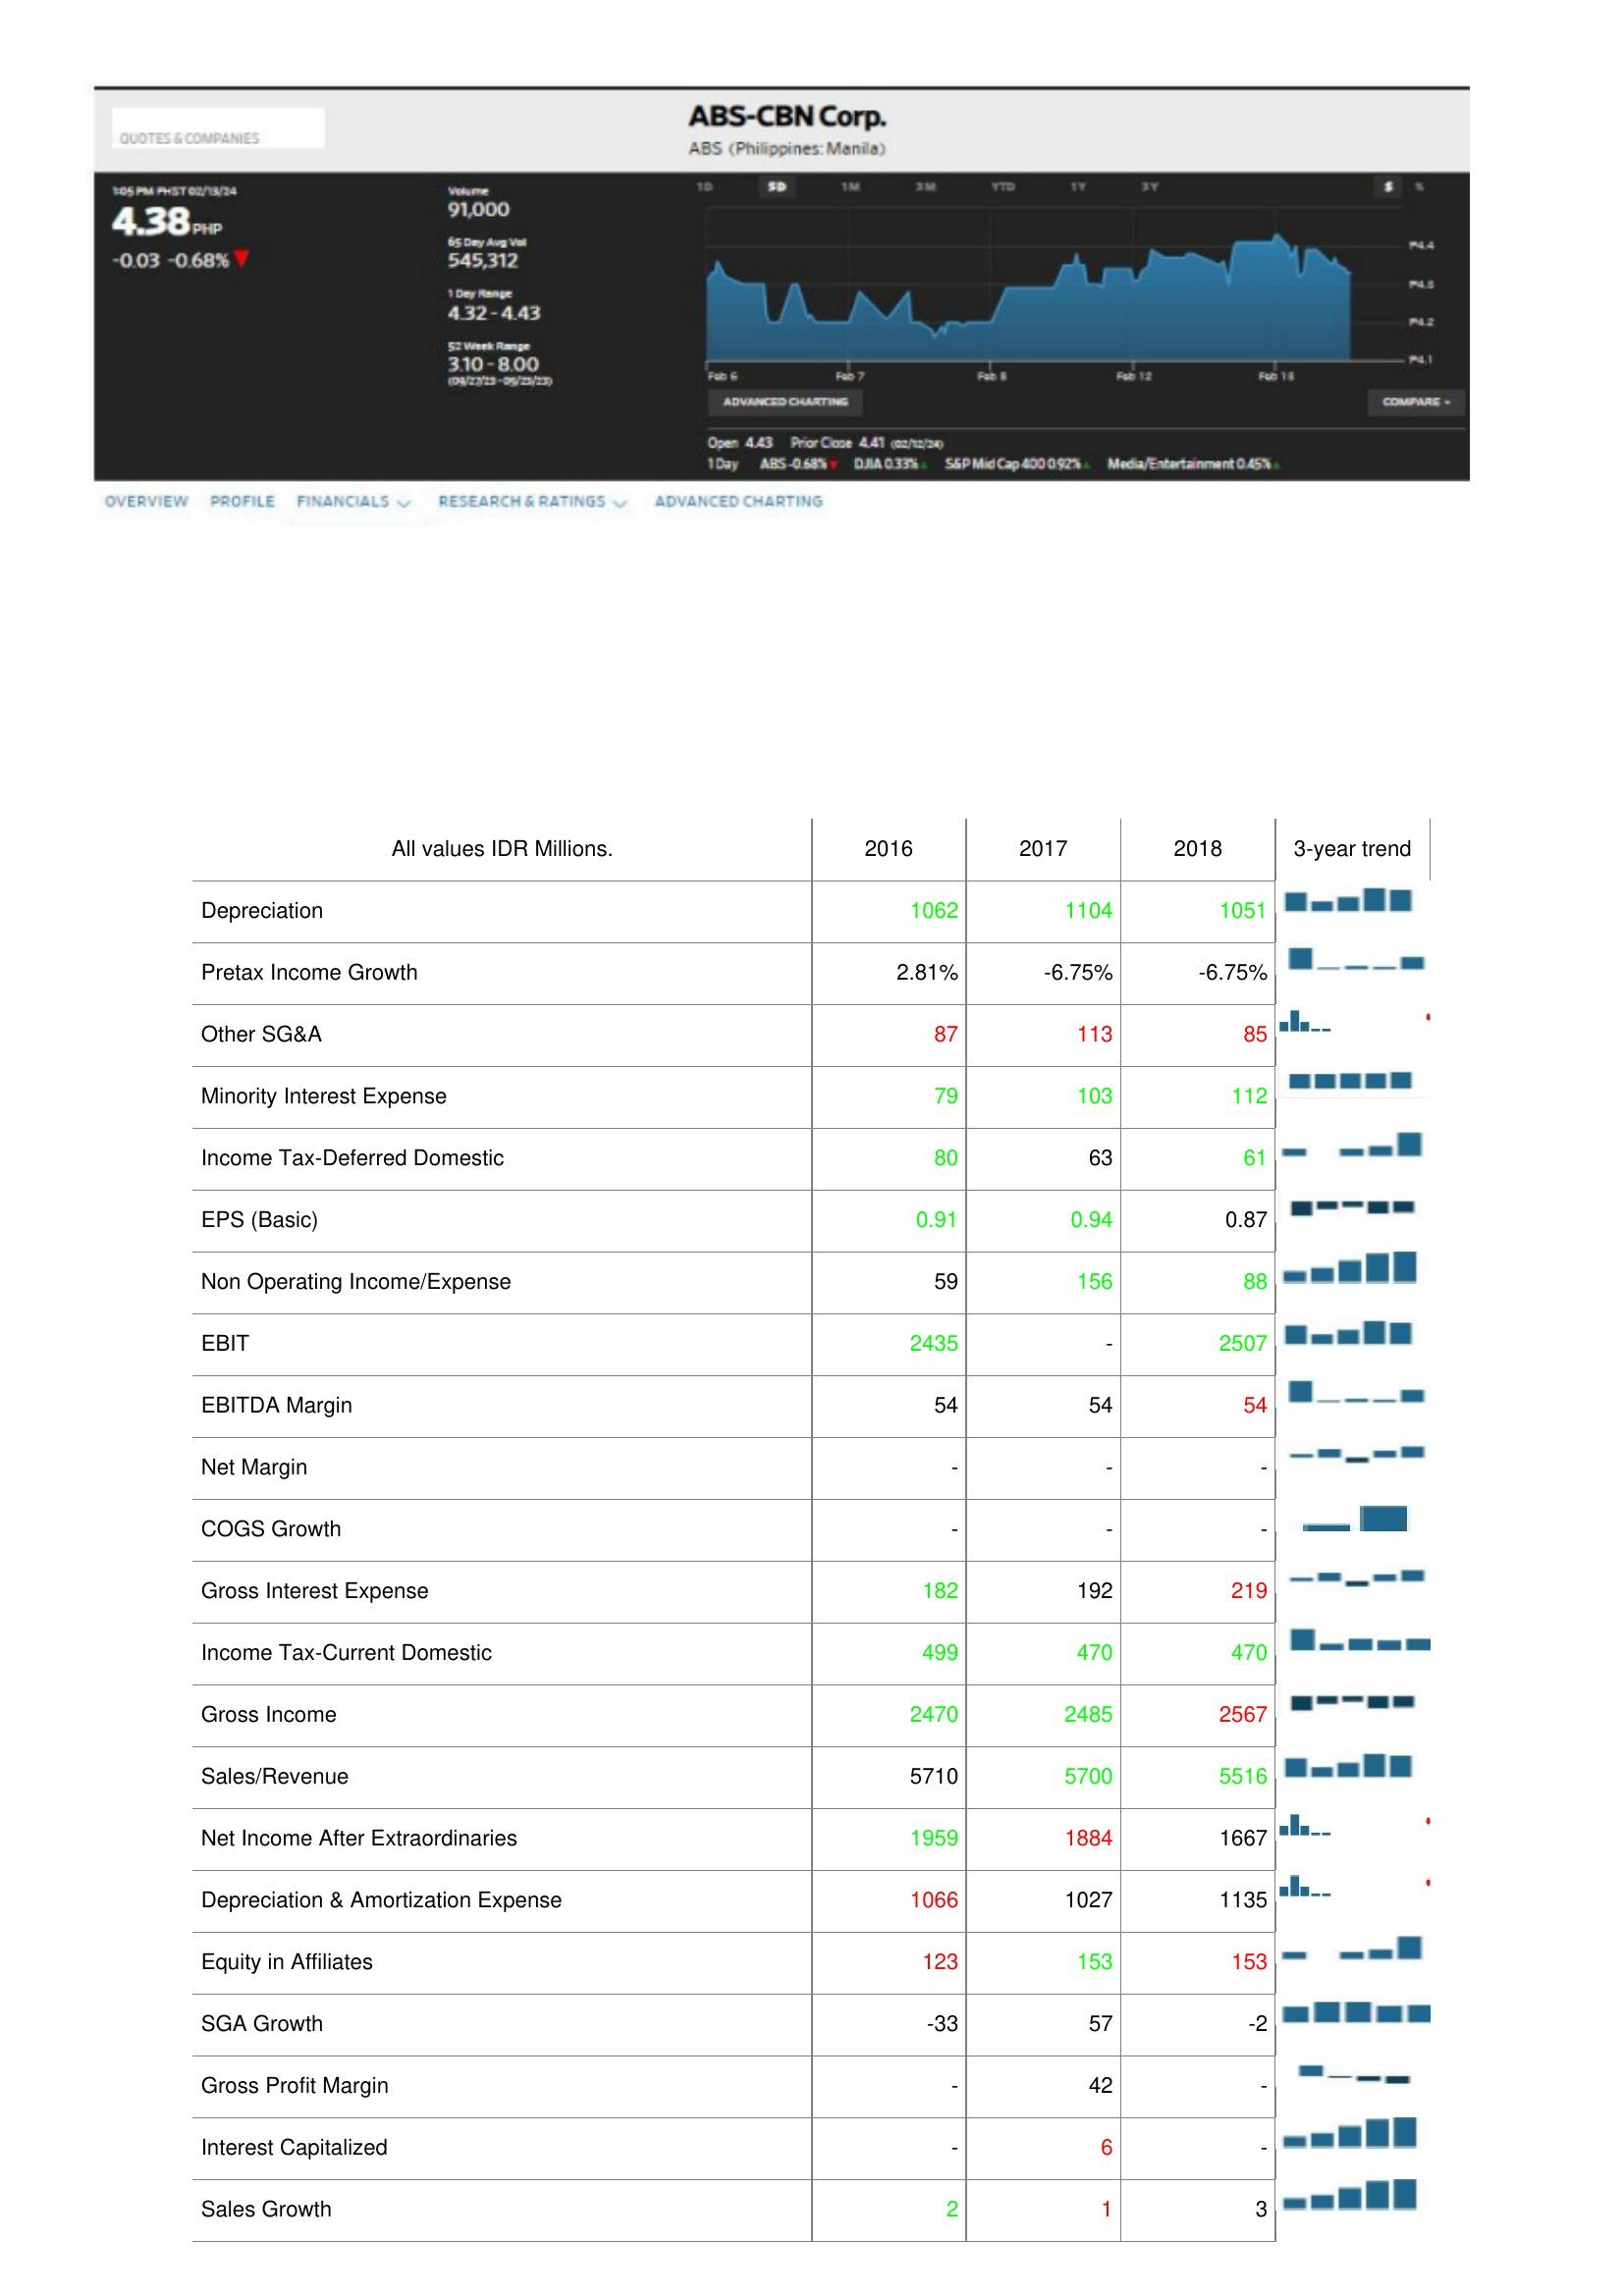
2016: : Depreciation: 1062
Pretax Income Growth: 2.81%
Other SG&A: 87
Minority Interest Expense: 79
Income Tax-Deferred Domestic: 80
EPS (Basic): 0.91
Non Operating Income/Expense: 59
EBIT: 2435
EBITDA Margin: 54
Net Margin: -
COGS Growth: -
Gross Interest Expense: 182
Income Tax-Current Domestic: 499
Gross Income: 2470
Sales/Revenue: 5710
Net Income After Extraordinaries: 1959
Depreciation & Amortization Expense: 1066
Equity in Affiliates: 123
SGA Growth: -33
Gross Profit Margin: -
Interest Capitalized: -
Sales Growth: 2
2017: : Depreciation: 1104
Pretax Income Growth: -6.75%
Other SG&A: 113
Minority Interest Expense: 103
Income Tax-Deferred Domestic: 63
EPS (Basic): 0.94
Non Operating Income/Expense: 156
EBIT: -
EBITDA Margin: 54
Net Margin: -
COGS Growth: -
Gross Interest Expense: 192
Income Tax-Current Domestic: 470
Gross Income: 2485
Sales/Revenue: 5700
Net Income After Extraordinaries: 1884
Depreciation & Amortization Expense: 1027
Equity in Affiliates: 153
SGA Growth: 57
Gross Profit Margin: 42
Interest Capitalized: 6
Sales Growth: 1
2018: : Depreciation: 1051
Pretax Income Growth: -6.75%
Other SG&A: 85
Minority Interest Expense: 112
Income Tax-Deferred Domestic: 61
EPS (Basic): 0.87
Non Operating Income/Expense: 88
EBIT: 2507
EBITDA Margin: 54
Net Margin: -
COGS Growth: -
Gross Interest Expense: 219
Income Tax-Current Domestic: 470
Gross Income: 2567
Sales/Revenue: 5516
Net Income After Extraordinaries: 1667
Depreciation & Amortization Expense: 1135
Equity in Affiliates: 153
SGA Growth: -2
Gross Profit Margin: -
Interest Capitalized: -
Sales Growth: 3